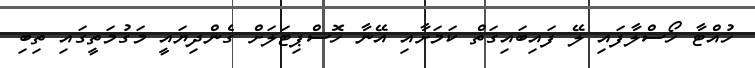
ހުއްޓާ ހޯސްލާފައި ލޭ ފައިބައިގަތް ކަމަށާއި އޭނާ ހޮސްޕިޓަލަށް ގެންދިޔައީ މަގުމަތީގައި ތިބި